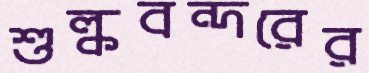
শুল্কবন্দরের